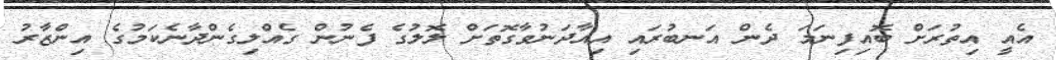
އެއީ އިތުރަށް ބޮއިފިނަމަ ދެން އަނބުރައި އިއާދަނުވާގޮތަށް ލޮލުގެ ފެނުން ގެއްލިގެންދާނެކަމުގެ އިންޒާރު